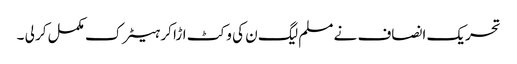
تحریک انصاف نے مسلم لیگ ن کی وکٹ اڑا کر ہیٹرک مکمل کر لی ۔